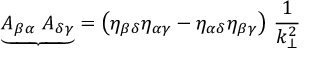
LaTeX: { \underbrace { A _ { \beta \alpha } ~ A _ { \delta \gamma } } } = \left( \eta _ { \beta \delta } \eta _ { \alpha \gamma } - \eta _ { \alpha \delta } \eta _ { \beta \gamma } \right) \, \frac { 1 } { k _ { \bot } ^ { 2 } }